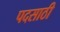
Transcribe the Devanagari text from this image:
पदसाठी